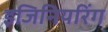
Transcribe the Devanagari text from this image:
इजिनियरिंग